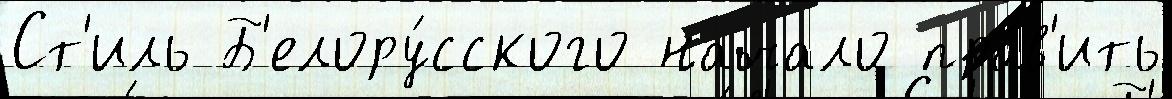
Ст'иль Б'елору́сского начало пра́в'ить